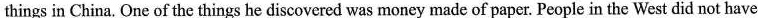
things in China. One of the things he discovered was money made of paper. People in the West did not have